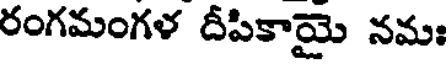
రంగమంగళ దీపికాయై నమః